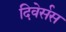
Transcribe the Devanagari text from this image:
दिवेर्सस